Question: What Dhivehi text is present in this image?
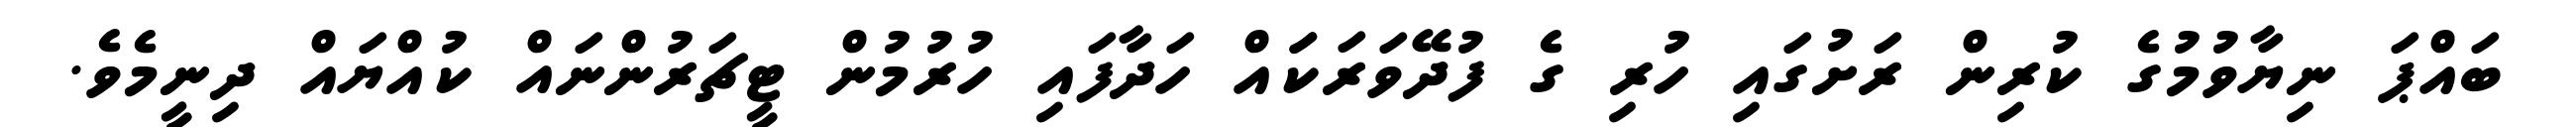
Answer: ބައްޕަ ނިޔާވުމުގެ ކުރިން ރަށުގައި ހުރި ގެ ފުދޭވަރަކަައް ހަދާފައި ހުރުމުން ޓީޗަރުންނައް ކުއްޔައް ދިނީމެވެ.